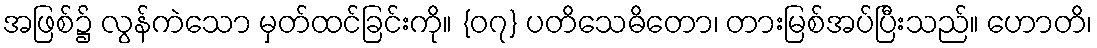
အဖြစ်၌ လွန်ကဲသော မှတ်ထင်ခြင်းကို။ {၀၇} ပတိသေဓိတော၊ တားမြစ်အပ်ပြီးသည်။ ဟောတိ၊